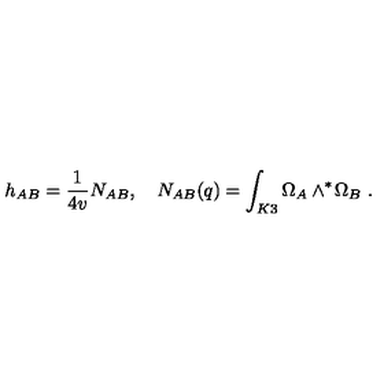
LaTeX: h _ { A B } = \frac { 1 } { 4 v } N _ { A B } , \quad N _ { A B } ( q ) = \int _ { K 3 } \Omega _ { A } \wedge ^ { * } \! \Omega _ { B } \ .